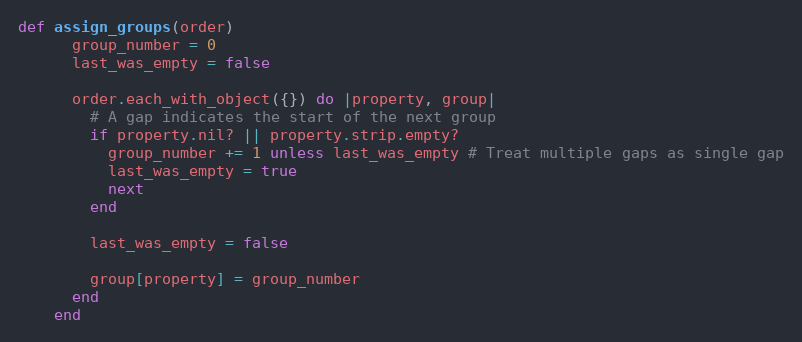
Language: Ruby
def assign_groups(order)
      group_number = 0
      last_was_empty = false

      order.each_with_object({}) do |property, group|
        # A gap indicates the start of the next group
        if property.nil? || property.strip.empty?
          group_number += 1 unless last_was_empty # Treat multiple gaps as single gap
          last_was_empty = true
          next
        end

        last_was_empty = false

        group[property] = group_number
      end
    end